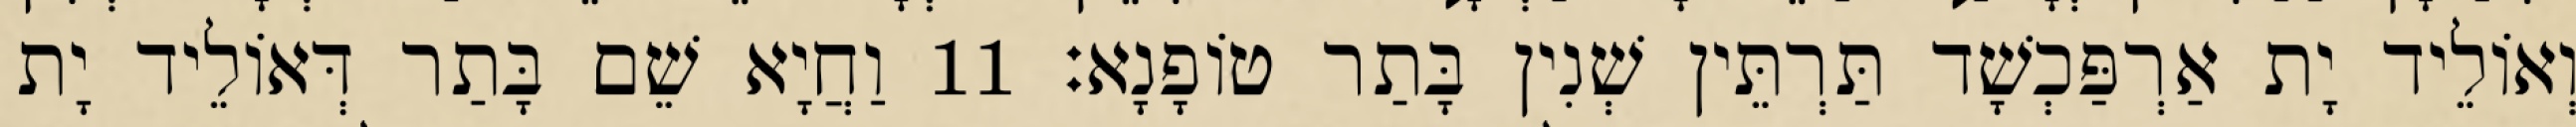
וְאוֹלֵיד יָת אַרְפַּכְשָׁד תַּרְתֵּין שְׁנִין בָּתַר טוֹפָנָא׃ 11 וַחֲיָא שֵׁם בָּתַר דְּאוֹלֵיד יָת